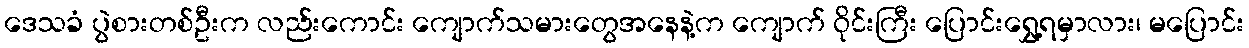
ဒေသခံ ပွဲစားတစ်ဦးက လည်းကောင်း ကျောက်သမားတွေအနေနဲ့က ကျောက် ဝိုင်းကြီး ပြောင်းရွှေ့ရမှာလား၊ မပြောင်း